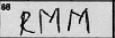
Transcription: RMM